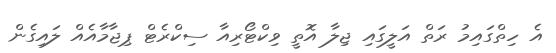
އެ ހިތްގައިމު ރަތް އަލީގައި ޖިލާ އޮތީ ވިކްޓޯރިއާ ސިކްރެޓް ޕިޖާމާއެއް ލައިގެން